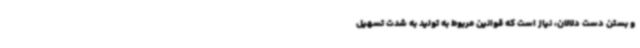
و بستن دست دلالان، نیاز است که قوانین مربوط به تولید به شدت تسهیل